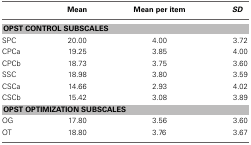
<table><thead><tr><td></td><td><b>Mean</b></td><td><b>Mean per item</b></td><td><b><i>SD</i></b></td></tr></thead><tbody><tr><td colspan="4"><b>OPST CONTROL SUBSCALES</b></td></tr><tr><td>SPC</td><td>20.00</td><td>4.00</td><td>3.72</td></tr><tr><td>CPCa</td><td>19.25</td><td>3.85</td><td>4.00</td></tr><tr><td>CPCb</td><td>18.73</td><td>3.75</td><td>3.60</td></tr><tr><td>SSC</td><td>18.98</td><td>3.80</td><td>3.59</td></tr><tr><td>CSCa</td><td>14.66</td><td>2.93</td><td>4.02</td></tr><tr><td>CSCb</td><td>15.42</td><td>3.08</td><td>3.89</td></tr><tr><td colspan="4"><b>OPST OPTIMIZATION SUBSCALES</b></td></tr><tr><td>OG</td><td>17.80</td><td>3.56</td><td>3.60</td></tr><tr><td>OT</td><td>18.80</td><td>3.76</td><td>3.67</td></tr></tbody></table>